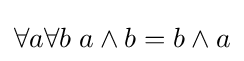
\forall a\forall b\;a\wedge b=b\wedge a